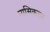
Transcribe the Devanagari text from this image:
नासिकला